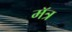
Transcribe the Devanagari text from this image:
मॅत्र